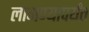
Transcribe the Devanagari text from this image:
लागण्यापर्यंत